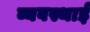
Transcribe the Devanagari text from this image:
व्यवस्थाई